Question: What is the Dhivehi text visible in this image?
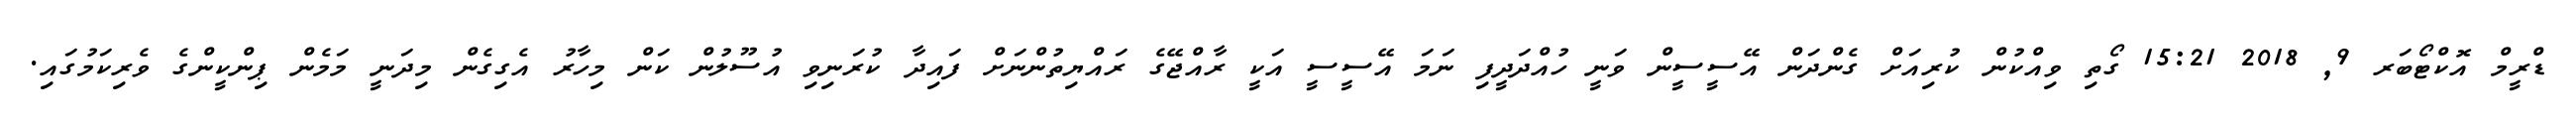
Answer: ޑްރީމް އޮކްޓޯބަރ 9, 2018 15:21 ގޯތި ވިއްކުން ކުރިއަށް ގެންދަން އޭސީސީން ވަނީ ހުއްދަދީފި ނަމަ އޭސީސީ އަކީ ރާއްޖޭގެ ރައްޔިތުންނަށް ފައިދާ ކުރަނިވި އުސޫލުން ކަން މިހާރު އެގިގެން މިދަނީ މަމެން ޕިންކީންގެ ވެރިކަމުގައި.